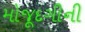
મોજૂદગીની